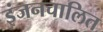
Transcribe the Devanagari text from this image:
इंजनचालित